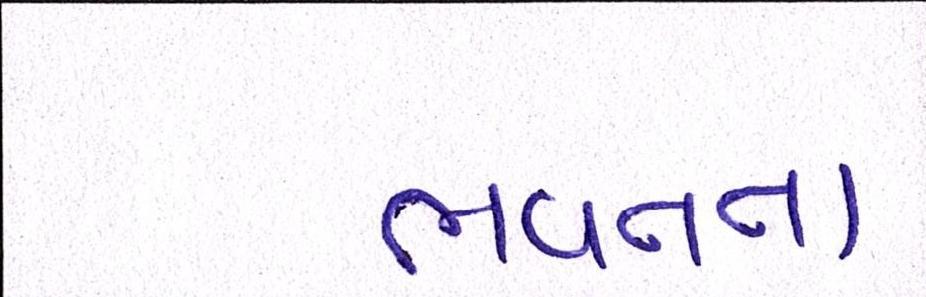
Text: ભવનના